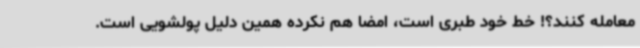
معامله کنند؟! خط خود طبری است، امضا هم نکرده همین دلیل پولشویی است.